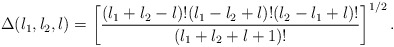
\begin{align*}\Delta(l_1,l_2,l) = \left[{(l_1+l_2-l)!(l_1-l_2+l)!(l_2-l_1+l)!\over(l_1+l_2+l+1)!}\right]^{1/2}.\end{align*}